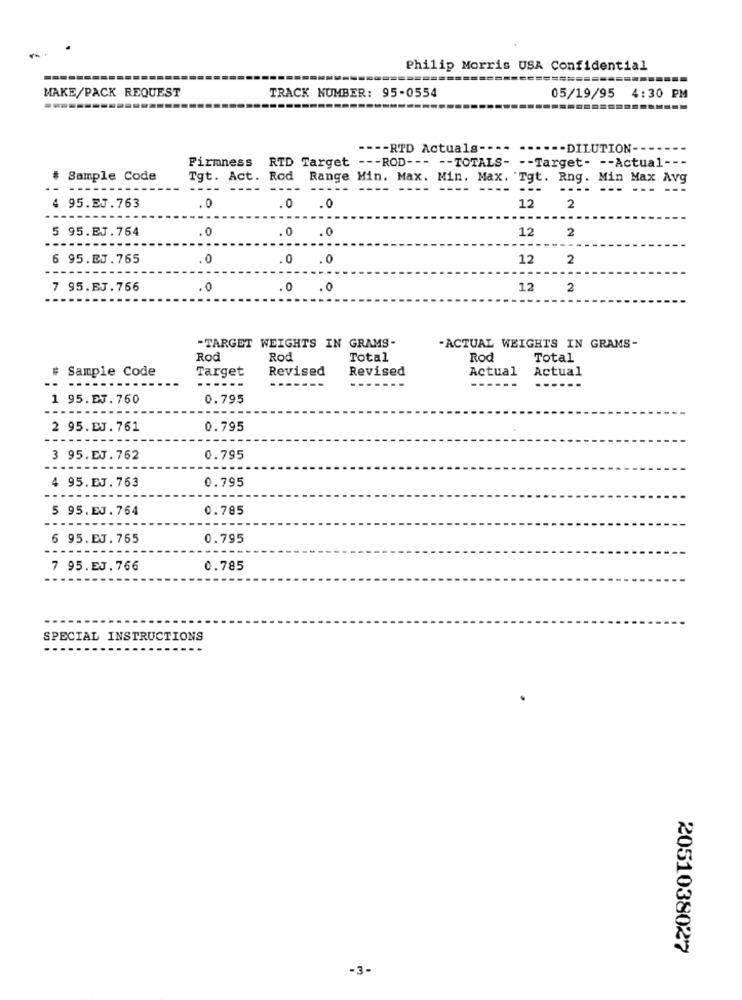
Philip Morris USA Confidential
====
MAKE/PACK REQUEST
05/19/95
4:30 PM
TRACK NUMBER: 95-0554
--- RTD Actualg ----
.. DILUTION- -
Firmness RTD Target --- ROD --- -- TOTALS- -- Target- -- Actual ---
# Sample Code
Tgt. Act. Rod
Range Min. Max. Min. Max. 'Tgt. Rng. Min Max Avg
---
----
....
--- --- ---
4 95.EJ.763
.0
0 .0
12
2
12
2
5 95.EJ.764
.0
.0 .0
6 95.EJ.765
.0
.0 .0
12
2
7 95.EJ.756
.0
0 .0
12
2
-ACTUAL WEIGHTS IN GRAMS-
-TARGET WEIGHTS IN GRAMS-
Rod
Rod
Total
Rod
Total
# Sample Code
Target
Revised
Revised
Actual
Actual
1 95.EJ.750
0.795
2 95.EJ. 761
0.795
3 95.EJ.762
0.795
--
0.795
4 95.EJ.763
--
5 95.EJ.764
0.785
6 95.EJ. 765
0.795
7 95.EJ.766
0.785
SPECIAL INSTRUCTIONS
2051038027
-3-